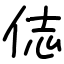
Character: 俧